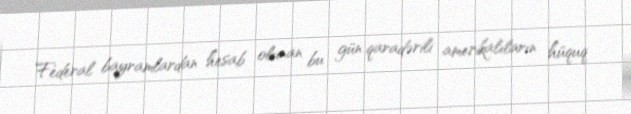
Federal bayramlardan hesab olunan bu gün qaradərili amerikalıların hüquq